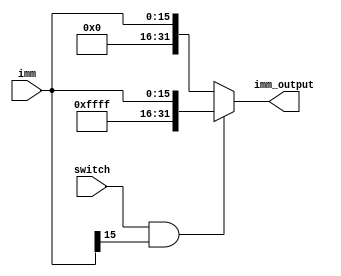
`timescale 1ns / 1ps
//////////////////////////////////////////////////////////////////////////////////
// Company: Penn State Univeristy 
// 
// Design Name: 
// Module Name: sign_extend
// 
//////////////////////////////////////////////////////////////////////////////////


module sign_extend(
    input switch,
    input [15:0] imm,
    output reg [31:0] imm_output
    );
    
    always @(*)
        if(switch == 1'b1 && imm[15] == 1'b1)
            imm_output = {16'b1111111111111111, imm};
        else
            imm_output = {16'b0000000000000000, imm};
   
endmodule